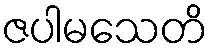
ဇပါမသေတိ